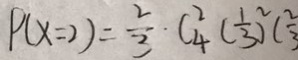
P ( x = 2 ) = \frac { 2 } { 3 } \cdot C _ { 4 } ^ { 2 } ( \frac { 1 } { 3 } ) ^ { 2 } ( \frac { 2 } { 3 } )